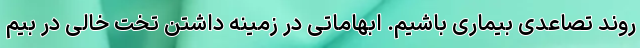
روند تصاعدی بیماری باشیم. ابهاماتی در زمینه داشتن تخت خالی در بیم